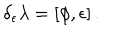
\delta _ { \epsilon } \lambda = [ \phi , \epsilon ] \, .